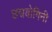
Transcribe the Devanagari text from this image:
छद्मयोगिनी